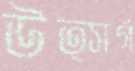
উত্সর্গ